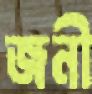
জনী